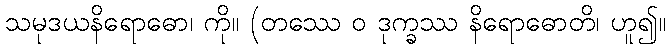
သမုဒယနိရောဓော၊ ကို။ (တဿေ ဝ ဒုက္ခဿ နိရောဓောတိ၊ ဟူ၍။